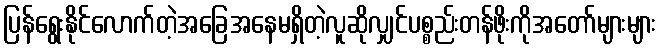
ပြန်ရွေးနိုင်လောက်တဲ့အခြေအနေမရှိတဲ့လူဆိုလျှင်ပစ္စည်းတန်ဖိုးကိုအတော်များများ